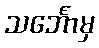
သင်္ဘောမှ